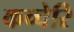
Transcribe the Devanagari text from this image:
कच्चेरि